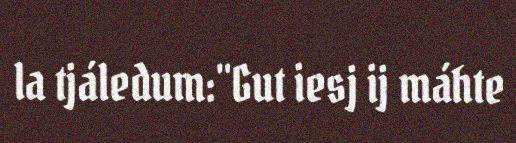
la tjáledum:"Gut iesj ij máhte